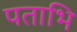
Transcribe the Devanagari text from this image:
पताभि